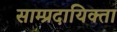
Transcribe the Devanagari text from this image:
साम्प्रदायिक्ता